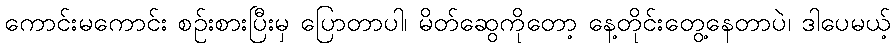
ကောင်းမကောင်း စဉ်းစားပြီးမှ ပြောတာပါ၊ မိတ်ဆွေကိုတော့ နေ့တိုင်းတွေ့နေတာပဲ၊ ဒါပေမယ့်